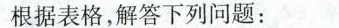
根据表格，解答下列问题：